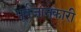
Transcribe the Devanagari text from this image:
पूर्वजानकारी